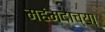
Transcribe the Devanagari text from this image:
महंमदाच्या